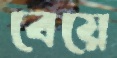
বেয়ে